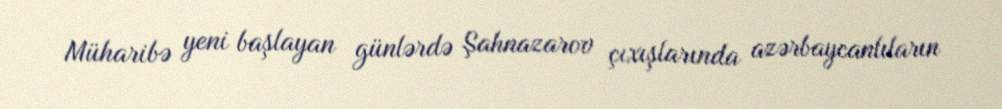
Müharibə yeni başlayan günlərdə Şahnazarov çıxışlarında azərbaycanlıların